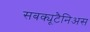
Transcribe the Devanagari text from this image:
सबक्यूटैनिअस